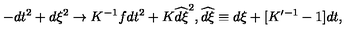
- d t ^ { 2 } + d \xi ^ { 2 } \to K ^ { - 1 } f d t ^ { 2 } + K \widehat { d \xi } ^ { 2 } , \widehat { d \xi } \equiv d \xi + [ K ^ { \prime - 1 } - 1 ] d t ,